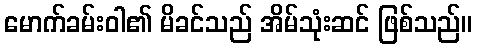
မောက်ခမ်းဝါ၏ မိခင်သည် အိမ်သုံးဆင် ဖြစ်သည်။